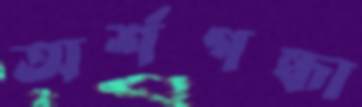
অর্শগন্ধা